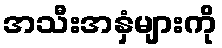
အသီးအနှံများကို